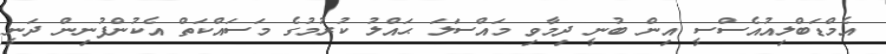
އެމްޑަބްލިއުއެސްސީ އިން ބުނީ ދިމާވި މައްސަަލަ ޙައްލު ކުރުމުގެ މަސައްކަތް އެކުންފުނިން ދަނީ